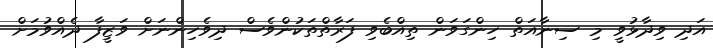
އަދި ވިދާޅުވީ މި ސިނާއަތް ހިންގަވަން ތިއްބެވި ފަރާތްތަކުންވެސް ދިވެހިންނަށް ވަޒީފާ ދެއްވުމަށް